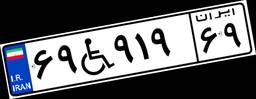
۶۹W۹۱۹۶۹